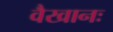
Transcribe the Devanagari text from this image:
वैखानः